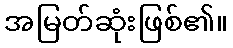
အမြတ်ဆုံးဖြစ်၏။